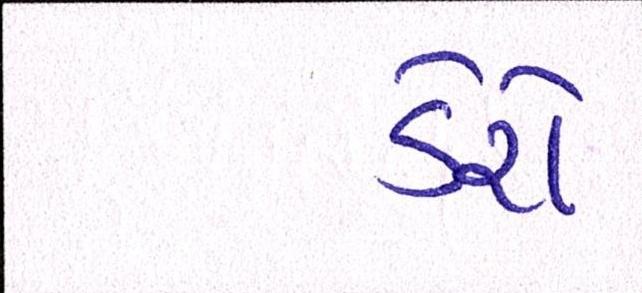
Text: ડેરો